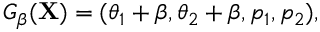
G _ { \beta } ( \mathbf { X } ) = ( \theta _ { 1 } + \beta , \theta _ { 2 } + \beta , p _ { 1 } , p _ { 2 } ) ,